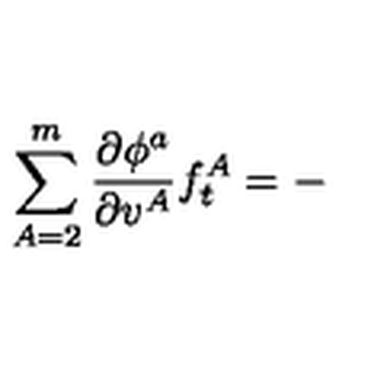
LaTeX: \sum _ { A = 2 } ^ { m } \frac { \partial \phi ^ { a } } { \partial v ^ { A } } f _ { t } ^ { A } = -